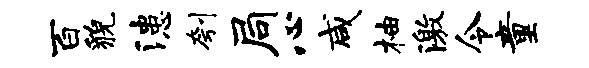
百貌漶刳局心咸柚激令童